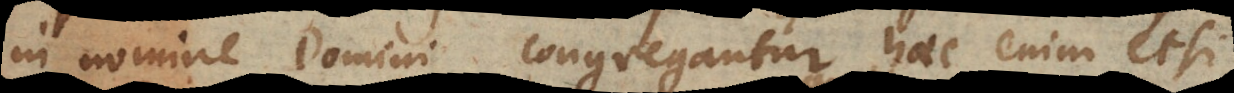
in nomine Domini congregantur, haec enim etsi